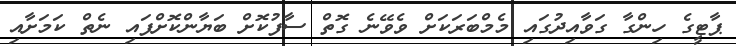
ޕާޓީގެ ހިންގާ ގަވާއިދުގައި މެމްބަރަކަށް ވެވޭނެ ގޮތް ސާފުކޮށް ބަޔާންކޮށްފައި ނެތް ކަމަށާއި